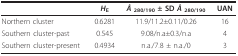
<table><thead><tr><td></td><td><b><i>H</i><sub>E</sub></b></td><td><b><i>Â </i><sub>280/190 </sub>± SD <i>Â </i><sub>280/190</sub></b></td><td><b>UAN</b></td></tr></thead><tbody><tr><td>Northern cluster</td><td>0.6281</td><td>11.9/11.2±0.11/0.26</td><td>16</td></tr><tr><td>Southern cluster-past</td><td>0.545</td><td>9.08/n.a±0.3/n.a</td><td>4</td></tr><tr><td>Southern cluster-present</td><td>0.4934</td><td>n.a./7.8 ± n.a./0</td><td>3</td></tr></tbody></table>